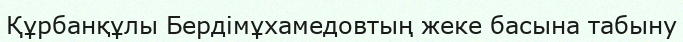
Құрбанқұлы Бердімұхамедовтың жеке басына табыну